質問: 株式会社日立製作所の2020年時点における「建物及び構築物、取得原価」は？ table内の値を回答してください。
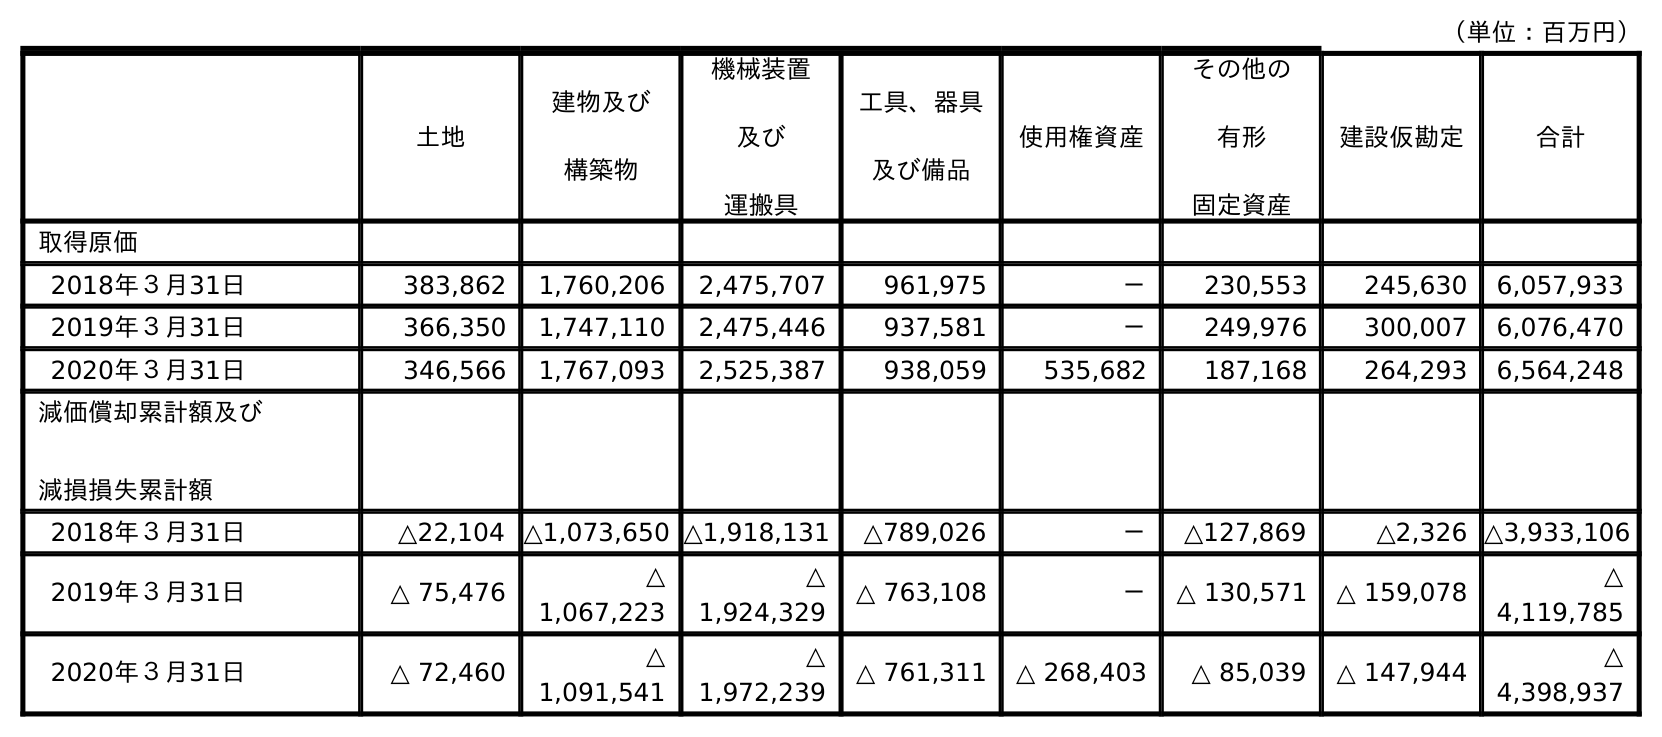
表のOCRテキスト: （単位：百万円） 土地 建物及び 構築物 機械装置 及び 運搬具 工具、器具 及び備品 使用権資産 その他の 有形 固定資産 建設仮勘定 合計 取得原価 2018年３月31日 383,862 1,760,206 2,475,707 961,975 － 230,553 245,630 6,057,933 2019年３月31日 366,350 1,747,110 2,475,446 937,581 － 249,976 300,007 6,076,470 2020年３月31日 346,566 1,767,093 2,525,387 938,059 535,682 187,168 264,293 6,564,248 減価償却累計額及び 減損損失累計額 2018年３月31日 △22,104 △1,073,650 △1,918,131 △789,026 － △127,869 △2,326 △3,933,106 2019年３月31日 △ 75,476 △ 1,067,223 △ 1,924,329 △ 763,108 － △ 130,571 △ 159,078 △ 4,119,785 2020年３月31日 △ 72,460 △ 1,091,541 △ 1,972,239 △ 761,311 △ 268,403 △ 85,039 △ 147,944 △ 4,398,937
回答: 1,767,093